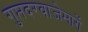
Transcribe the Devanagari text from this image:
गुप्तदरवाजेमार्गे